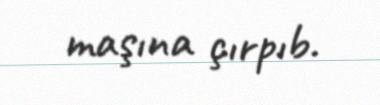
maşına çırpıb.